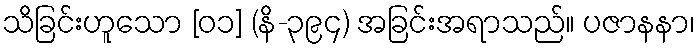
သိခြင်းဟူသော [၀၁] (နိ-၃၉၄) အခြင်းအရာသည်။ ပဇာနနာ၊